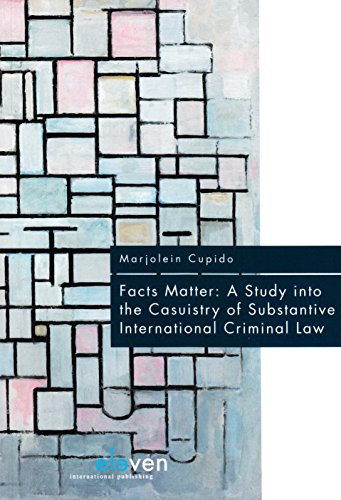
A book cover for Facts Matter: A Study into the Casuistry of Substantive International Criminal Law; Marjolein Cupido; Law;